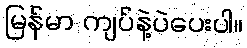
မြန်မာ ကျပ်နဲ့ပဲပေးပါ။